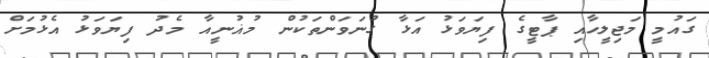
ގައުމީ މަޖިލީހާއި ޕާޓީގެ ފިޔަވަޅު އަޅާ ގުނަވަންތަކުން މުޣުނީއާ މެދު ފިޔަވަޅު އެޅުމަށް